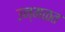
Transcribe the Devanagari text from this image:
उन्मळत